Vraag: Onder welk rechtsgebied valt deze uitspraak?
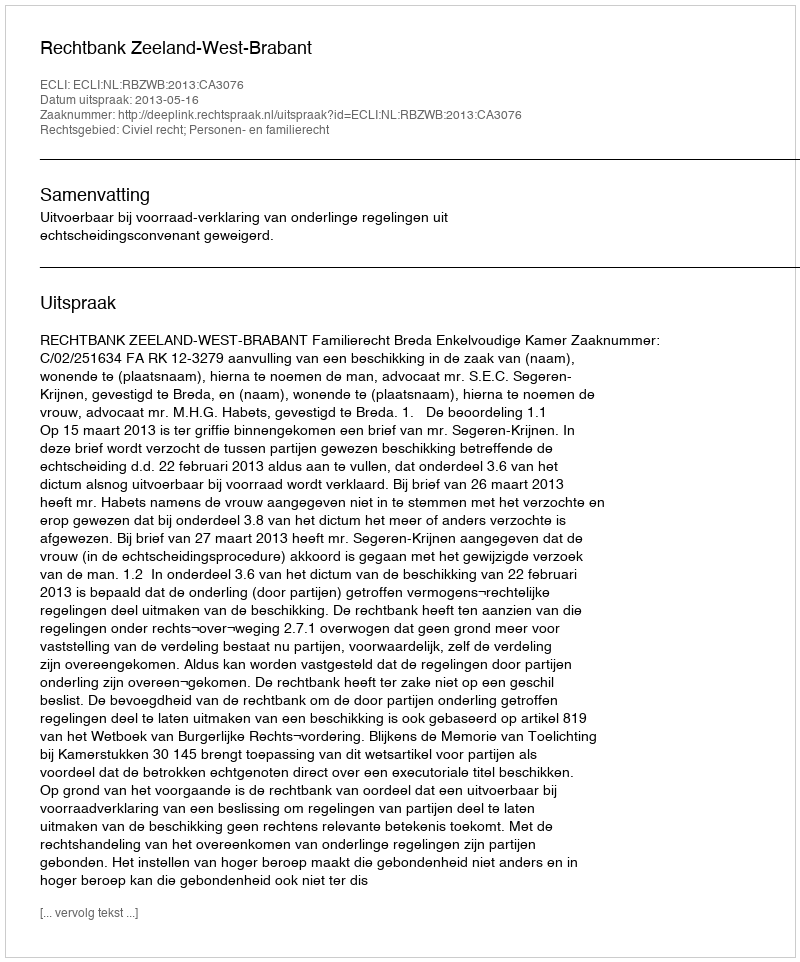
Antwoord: Civiel recht; Personen- en familierecht